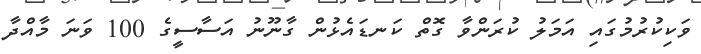
ވަކިކުރުމުގައި އަމަލު ކުރަންވާ ގޮތް ކަނޑައެޅުން ގާނޫނު އަސާސީގެ 100 ވަނަ މާއްދާ